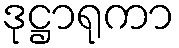
ဒုဋ္ဌာရုကာ